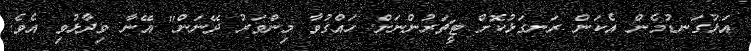
އަޅުގަނޑުމެން އެކަން ރަނގަޅުކޮށް ޓީޗަރުންނަށް ހައްގުވާ މިންވަރު ދޭނަން" އޭނާ ވިދާޅުވި އެވެ.